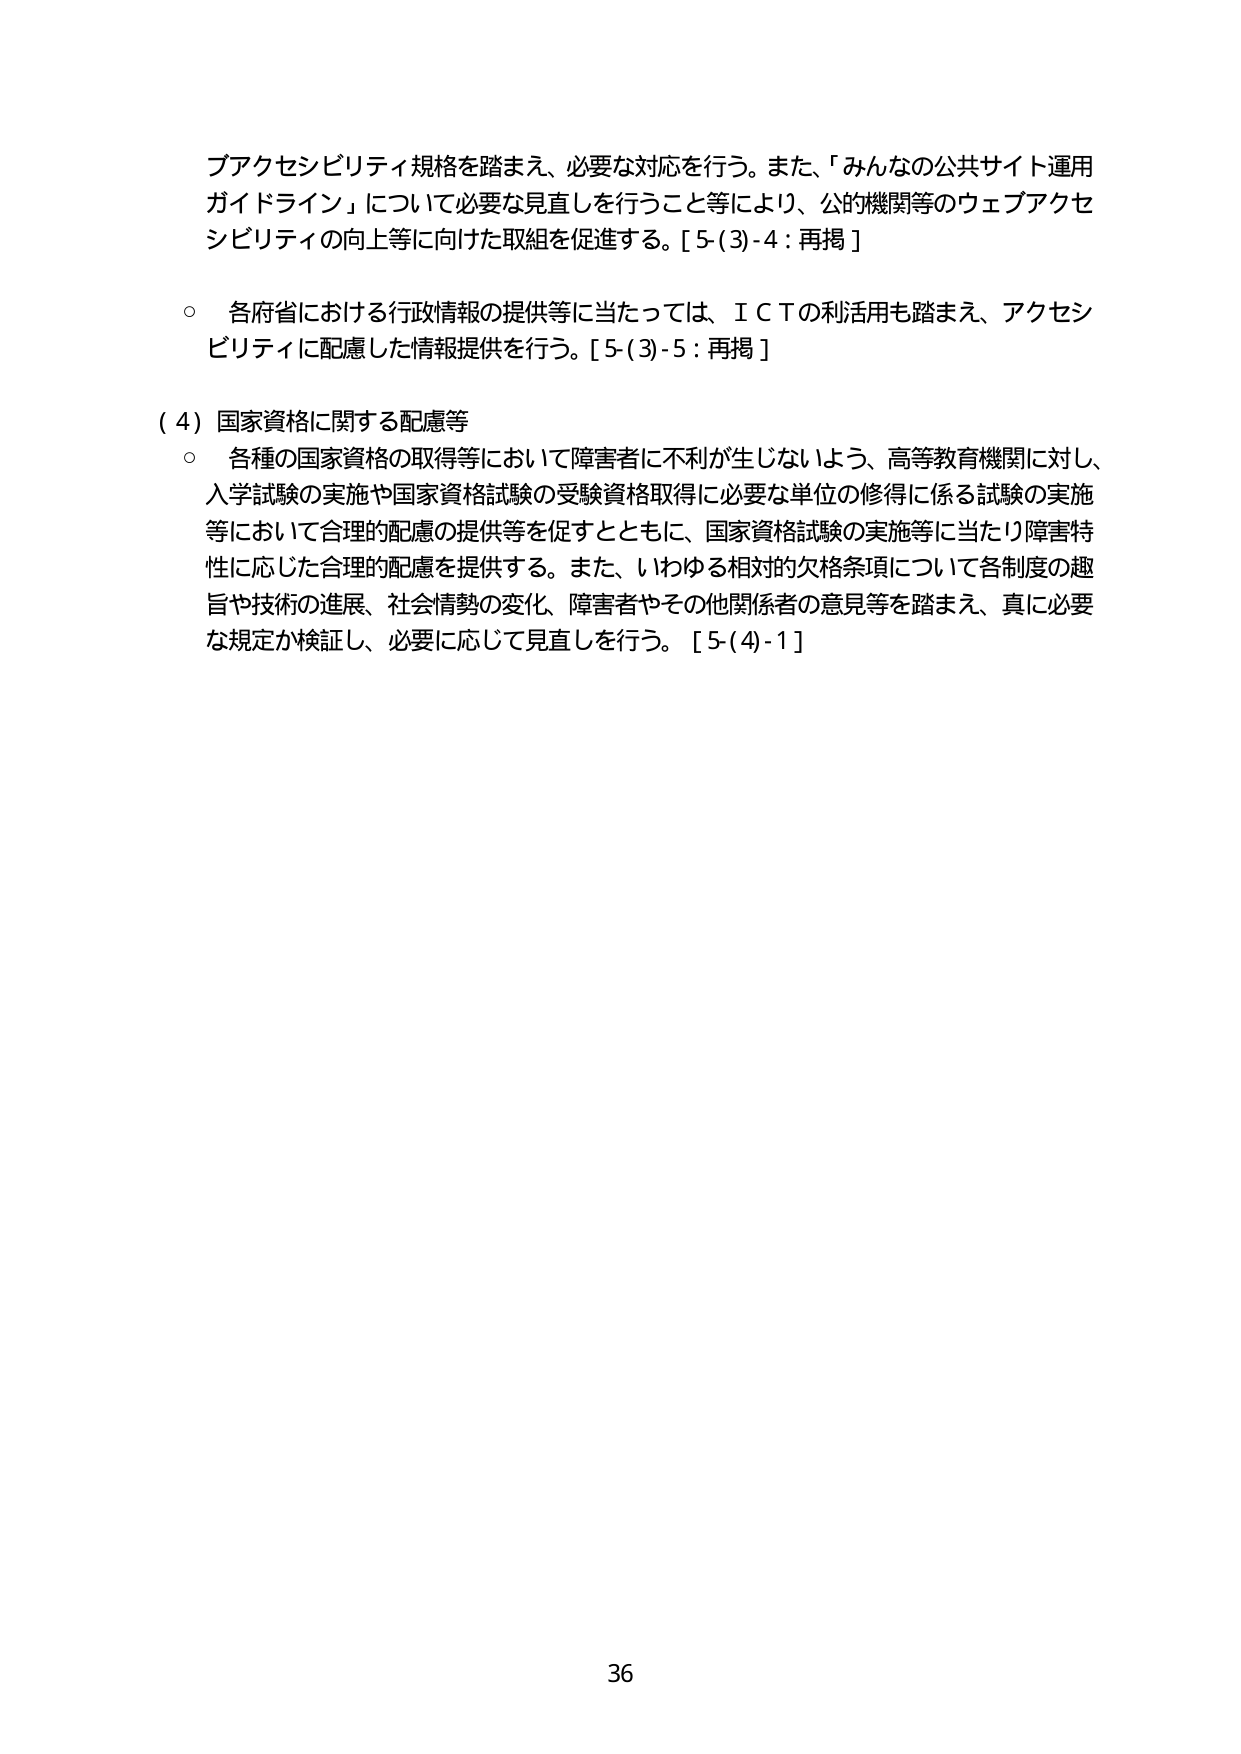
ブアクセシビリティ規格を踏まえ、必要な対応を行う。また、「みんなの公共サイト運用ガイドライン」について必要な見直しを行うこと等により、公的機関等のウェブアクセシビリティの向上等に向けた取組を促進する。[5-(3)-4：再掲]

○ 各府省における行政情報の提供等に当たっては、ＩＣＴの利活用も踏まえ、アクセシビリティに配慮した情報提供を行う。[5-(3)-5：再掲]

（4）国家資格に関する配慮等
○ 各種の国家資格の取得等において障害者に不利が生じないよう、高等教育機関に対し、入学試験の実施や国家資格試験の受験資格取得に必要な単位の修得に係る試験の実施等において合理的配慮の提供等を促すとともに、国家資格試験の実施等に当たり障害特性に応じた合理的配慮を提供する。また、いわゆる相対的欠格条項について各制度の趣旨や技術の進展、社会情勢の変化、障害者やその他関係者の意見等を踏まえ、真に必要な規定か検証し、必要に応じて見直しを行う。[5-(4)-1]

36